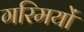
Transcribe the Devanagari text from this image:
गरिमयों